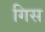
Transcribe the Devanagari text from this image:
गिस